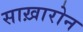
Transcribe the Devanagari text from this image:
साख़ारोन